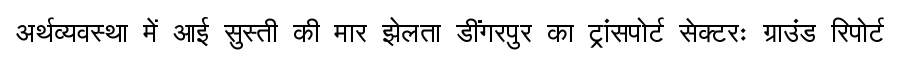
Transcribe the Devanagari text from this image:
अर्थव्यवस्था में आई सुस्ती की मार झेलता डींगरपुर का ट्रांसपोर्ट सेक्टरः ग्राउंड रिपोर्ट